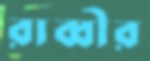
রাব্বীর